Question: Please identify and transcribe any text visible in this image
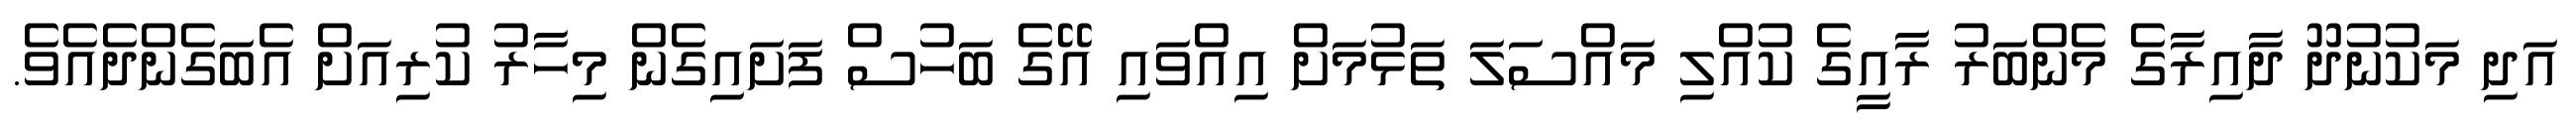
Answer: އަދި މަކުނުދޫ ދާއިރާގެ މެންބަރު ރާއީގެ ކުއްލި މައްސަލަ ތަޅުމަށް އިއްވައި އޭގެ ބަހުސް ފަށައިގެން މިހާރު ކުރިއަށް އެބަގެންދެއެވެ.